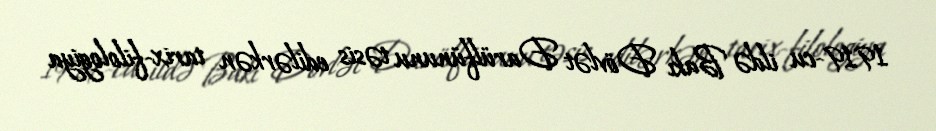
1919-cu ildə Bakı Dövlət Darülfünunu təsis edilərkən tarix-filologiya